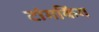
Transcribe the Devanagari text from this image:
टांगकिंग